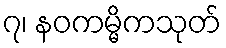
၇၊ နဝကမ္မိကသုတ်